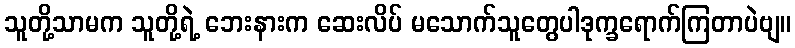
သူတို့သာမက သူတို့ရဲ့ ဘေးနားက ဆေးလိပ် မသောက်သူတွေပါဒုက္ခရောက်ကြတာပဲဗျ။